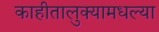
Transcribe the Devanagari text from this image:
काहीतालुक्यामधल्या